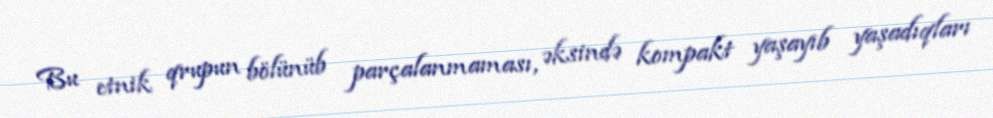
Bu etnik qrupun bölünüb parçalanmaması, əksində kompakt yaşayıb yaşadıqları